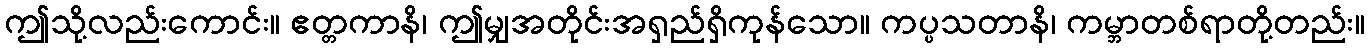
ဤသို့လည်းကောင်း။ ဧတ္တကာနိ၊ ဤမျှအတိုင်းအရှည်ရှိကုန်သော။ ကပ္ပသတာနိ၊ ကမ္ဘာတစ်ရာတို့တည်း။